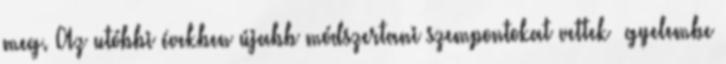
meg. Az utóbbi években újabb módszertani szempontokat vettek ﬁgyelembe